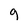
Character: g